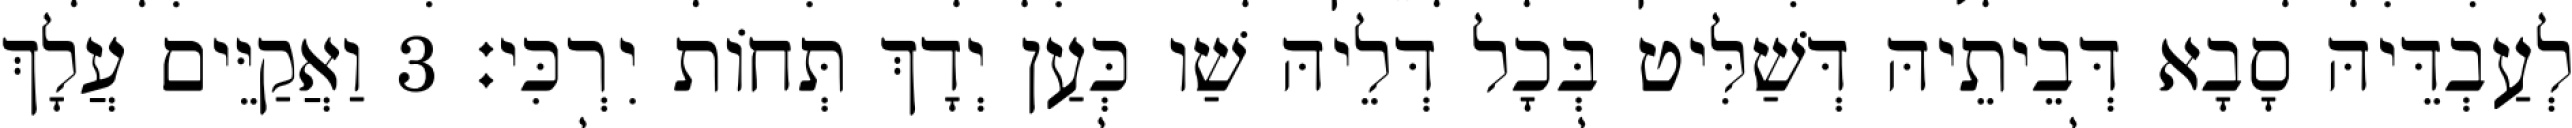
לְעַבְדֵּיהּ סָבָא דְּבֵיתֵיהּ דְּשַׁלִּיט בְּכָל דְּלֵיהּ שַׁו כְּעַן יְדָךְ תְּחוֹת יִרְכִּי׃ 3 וַאֲקַיֵּים עֲלָךְ